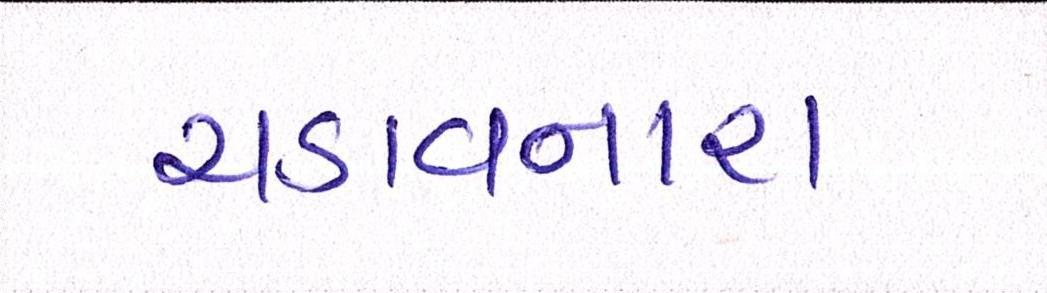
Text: ચડાવનારા